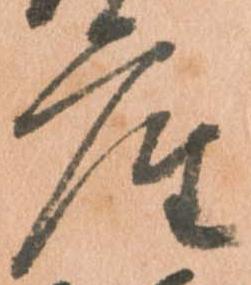
座